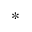
*